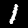
Label: 1